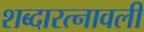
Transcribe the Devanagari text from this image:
शब्दारत्नावली